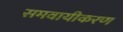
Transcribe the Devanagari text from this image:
समवायीकरण